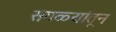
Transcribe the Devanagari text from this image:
सगळ्यांतून